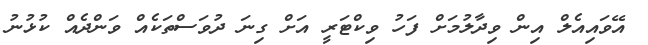
އޭވައިއެލް އިން ވިދާލުމަށް ފަހު ވިކްޓަރީ އަށް ގިނަ ދުވަސްތަކެއް ވަންދެއް ކުޅުނު